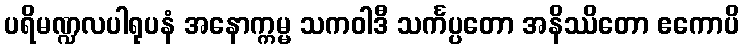
ပရိမဏ္ဍလပါရုပနံ အနောက္ကမ္မ သကဝါဒီ သင်္ကပ္ပတော အနိဿိတော ဧကောပိ